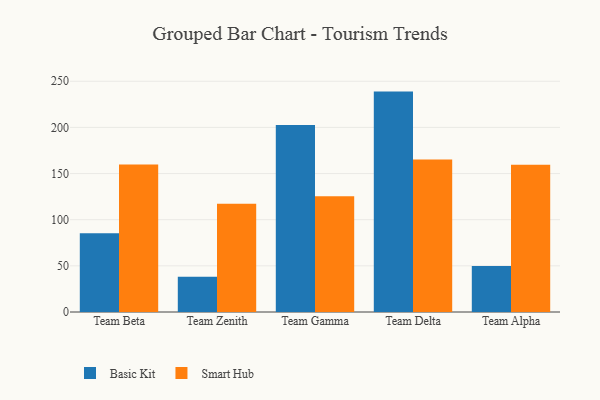
{"axis": {"x": "Team", "y": "Production Output"}, "legend": ["Basic Kit", "Smart Hub"], "data": [{"x": "Team Beta", "y": 85.4, "type": "Basic Kit"}, {"x": "Team Beta", "y": 159.8, "type": "Smart Hub"}, {"x": "Team Zenith", "y": 38.3, "type": "Basic Kit"}, {"x": "Team Zenith", "y": 117.2, "type": "Smart Hub"}, {"x": "Team Gamma", "y": 202.6, "type": "Basic Kit"}, {"x": "Team Gamma", "y": 125.4, "type": "Smart Hub"}, {"x": "Team Delta", "y": 238.8, "type": "Basic Kit"}, {"x": "Team Delta", "y": 165.3, "type": "Smart Hub"}, {"x": "Team Alpha", "y": 49.9, "type": "Basic Kit"}, {"x": "Team Alpha", "y": 159.6, "type": "Smart Hub"}]}